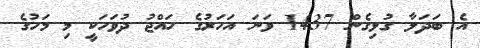
އެ ބަދަލާ ގުޅިގެން 1437 ވަނަ އަހަރުގެ ހައްޖު ދުވަހަކީ މި މަހުގެ